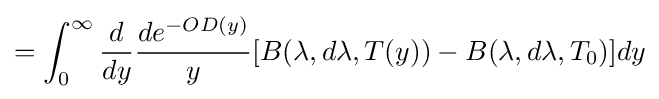
=\int _{0}^{\infty }{\frac {d}{dy}}{\frac {de^{-OD(y)}}{y}}[B(\lambda ,d\lambda ,T(y))-B(\lambda ,d\lambda ,T_{0})]dy